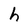
Character: h